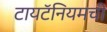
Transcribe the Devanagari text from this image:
टायटॅनियमची